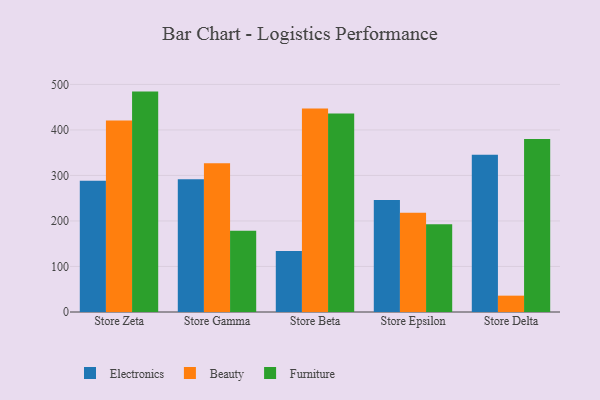
{"axis": {"x": "Store", "y": "LTV (USD)"}, "legend": ["Beauty", "Electronics", "Furniture"], "data": [{"x": "Store Zeta", "y": 288.4, "type": "Electronics"}, {"x": "Store Zeta", "y": 420.7, "type": "Beauty"}, {"x": "Store Zeta", "y": 484.2, "type": "Furniture"}, {"x": "Store Gamma", "y": 291.8, "type": "Electronics"}, {"x": "Store Gamma", "y": 327.0, "type": "Beauty"}, {"x": "Store Gamma", "y": 178.7, "type": "Furniture"}, {"x": "Store Beta", "y": 134.1, "type": "Electronics"}, {"x": "Store Beta", "y": 447.0, "type": "Beauty"}, {"x": "Store Beta", "y": 436.0, "type": "Furniture"}, {"x": "Store Epsilon", "y": 246.0, "type": "Electronics"}, {"x": "Store Epsilon", "y": 218.2, "type": "Beauty"}, {"x": "Store Epsilon", "y": 192.9, "type": "Furniture"}, {"x": "Store Delta", "y": 345.2, "type": "Electronics"}, {"x": "Store Delta", "y": 35.9, "type": "Beauty"}, {"x": "Store Delta", "y": 380.2, "type": "Furniture"}]}